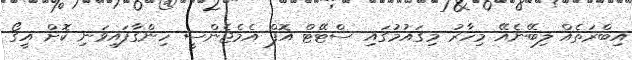
އިބްރަތެއް ލިބޭނެއޭ މިހާރު މިގައުމުގައި ސްޓޭޓް އޮފް އެމެޖެންސީ ހިންގާފައިވަނި ކޮށް އީގޯ